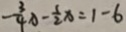
- \frac { 3 } { 4 } x - \frac { 1 } { 2 } x = 1 - 6